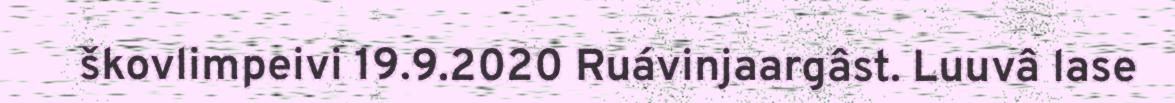
škovlimpeivi 19.9.2020 Ruávinjaargâst. Luuvâ lase